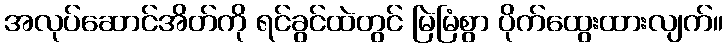
အလုပ်ဆောင်အိတ်ကို ရင်ခွင်ထဲတွင် မြဲမြံစွာ ပိုက်ထွေးထားလျက်။